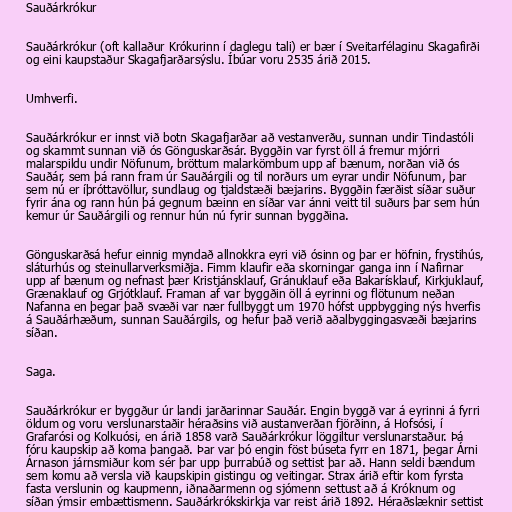
Sauðárkrókur

Sauðárkrókur (oft kallaður Krókurinn í daglegu tali) er bær í Sveitarfélaginu Skagafirði
og eini kaupstaður Skagafjarðarsýslu. Íbúar voru 2535 árið 2015.

Umhverfi.

Sauðárkrókur er innst við botn Skagafjarðar að vestanverðu, sunnan undir Tindastóli
og skammt sunnan við ós Gönguskarðsár. Byggðin var fyrst öll á fremur mjórri
malarspildu undir Nöfunum, bröttum malarkömbum upp af bænum, norðan við ós
Sauðár, sem þá rann fram úr Sauðárgili og til norðurs um eyrar undir Nöfunum, þar
sem nú er íþróttavöllur, sundlaug og tjaldstæði bæjarins. Byggðin færðist síðar suður
fyrir ána og rann hún þá gegnum bæinn en síðar var ánni veitt til suðurs þar sem hún
kemur úr Sauðárgili og rennur hún nú fyrir sunnan byggðina.

Gönguskarðsá hefur einnig myndað allnokkra eyri við ósinn og þar er höfnin, frystihús,
sláturhús og steinullarverksmiðja. Fimm klaufir eða skorningar ganga inn í Nafirnar
upp af bænum og nefnast þær Kristjánsklauf, Gránuklauf eða Bakarísklauf, Kirkjuklauf,
Grænaklauf og Grjótklauf. Framan af var byggðin öll á eyrinni og flötunum neðan
Nafanna en þegar það svæði var nær fullbyggt um 1970 hófst uppbygging nýs hverfis
á Sauðárhæðum, sunnan Sauðárgils, og hefur það verið aðalbyggingasvæði bæjarins
síðan.

Saga.

Sauðárkrókur er byggður úr landi jarðarinnar Sauðár. Engin byggð var á eyrinni á fyrri
öldum og voru verslunarstaðir héraðsins við austanverðan fjörðinn, á Hofsósi, í
Grafarósi og Kolkuósi, en árið 1858 varð Sauðárkrókur löggiltur verslunarstaður. Þá
fóru kaupskip að koma þangað. Þar var þó engin föst búseta fyrr en 1871, þegar Árni
Árnason járnsmiður kom sér þar upp þurrabúð og settist þar að. Hann seldi bændum
sem komu að versla við kaupskipin gistingu og veitingar. Strax árið eftir kom fyrsta
fasta verslunin og kaupmenn, iðnaðarmenn og sjómenn settust að á Króknum og
síðan ýmsir embættismenn. Sauðárkrókskirkja var reist árið 1892. Héraðslæknir settist